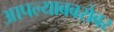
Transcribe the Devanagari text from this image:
आपल्याबबरोबर